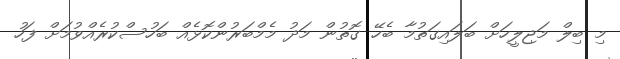
މި ބިލް މަޖިލީހަށް ބަލައިގަތުމާ ބެހޭ ގޮތުން މަދު މެމްބަރުންކޮޅެއް ބަހުސްކުރެއްވުމަށް ފަހު